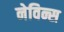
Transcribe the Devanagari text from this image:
नेविन्स